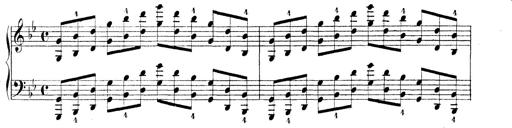
Title: Technische Studien
Composer: Franz Liszt